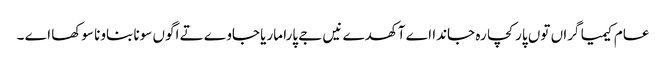
عام کیمیا گراں توں پار کچا رہ جاندا اے آکھدے نیں جے پارا ماریا جاوے تے اگوں سونا بناونا سوکھا اے ۔